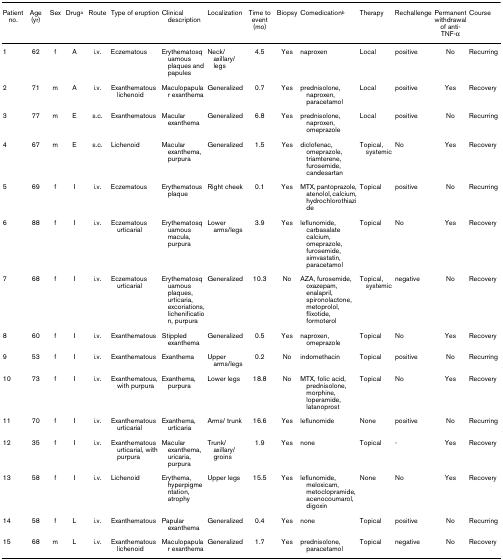
<table><thead><tr><td><b>Patient no.</b></td><td><b>Age (yr)</b></td><td><b>Sex</b></td><td><b>Drug<sup>a</sup></b></td><td><b>Route</b></td><td><b>Type of eruption</b></td><td><b>Clinical description</b></td><td><b>Localization</b></td><td><b>Time to event (mo)</b></td><td><b>Biopsy</b></td><td><b>Comedication<sup>b</sup></b></td><td><b>Therapy</b></td><td><b>Rechallenge</b></td><td><b>Permanent withdrawal of anti-TNF-α</b></td><td><b>Course</b></td></tr></thead><tbody><tr><td>1</td><td>62</td><td>f</td><td>A</td><td>i.v.</td><td>Eczematous</td><td>Erythematosquamous plaques and papules</td><td>Neck/ axillary/ legs</td><td>4.5</td><td>Yes</td><td>naproxen</td><td>Local</td><td>positive</td><td>No</td><td>Recurring</td></tr><tr><td>2</td><td>71</td><td>m</td><td>A</td><td>i.v.</td><td>Exanthematous lichenoid</td><td>Maculopapular exanthema</td><td>Generalized</td><td>0.7</td><td>Yes</td><td>prednisolone, naproxen, paracetamol</td><td>Local</td><td>positive</td><td>Yes</td><td>Recovery</td></tr><tr><td>3</td><td>77</td><td>m</td><td>E</td><td>s.c.</td><td>Exanthematous</td><td>Macular exanthema</td><td>Generalized</td><td>6.8</td><td>Yes</td><td>prednisolone, naproxen, omeprazole</td><td>Local</td><td>positive</td><td>No</td><td>Recurring</td></tr><tr><td>4</td><td>67</td><td>m</td><td>E</td><td>s.c.</td><td>Lichenoid</td><td>Macular exanthema, purpura</td><td>Generalized</td><td>1.5</td><td>Yes</td><td>diclofenac, omeprazole, triamterene, furosemide, candesartan</td><td>Topical, systemic</td><td>No</td><td>Yes</td><td>Recovery</td></tr><tr><td>5</td><td>69</td><td>f</td><td>I</td><td>i.v.</td><td>Eczematous</td><td>Erythematous plaque</td><td>Right cheek</td><td>0.1</td><td>Yes</td><td>MTX, pantoprazole, atenolol, calcium, hydrochlorothiazide</td><td>Topical</td><td>positive</td><td>No</td><td>Recurring</td></tr><tr><td>6</td><td>88</td><td>f</td><td>I</td><td>i.v.</td><td>Eczematous urticarial</td><td>Erythematosquamous macula, purpura</td><td>Lower arms/legs</td><td>3.9</td><td>Yes</td><td>leflunomide, carbasalate calcium, omeprazole, furosemide, simvastatin, paracetamol</td><td>Topical</td><td>No</td><td>Yes</td><td>Recovery</td></tr><tr><td>7</td><td>68</td><td>f</td><td>I</td><td>i.v.</td><td>Eczematous urticarial</td><td>Erythematosquamous plaques, urticaria, excoriations, lichenification, purpura</td><td>Generalized</td><td>10.3</td><td>No</td><td>AZA, furosemide, oxazepam, enalapril, spironolactone, metoprolol, flixotide, formoterol</td><td>Topical, systemic</td><td>negative</td><td>No</td><td>Recovery</td></tr><tr><td>8</td><td>60</td><td>f</td><td>I</td><td>i.v.</td><td>Exanthematous</td><td>Stippled exanthema</td><td>Generalized</td><td>0.5</td><td>Yes</td><td>naproxen, omeprazole</td><td>Topical</td><td>No</td><td>Yes</td><td>Recovery</td></tr><tr><td>9</td><td>53</td><td>f</td><td>I</td><td>i.v.</td><td>Exanthematous</td><td>Exanthema</td><td>Upper arms/legs</td><td>0.2</td><td>No</td><td>indomethacin</td><td>Topical</td><td>positive</td><td>No</td><td>Recurring</td></tr><tr><td>10</td><td>73</td><td>f</td><td>I</td><td>i.v.</td><td>Exanthematous, with purpura</td><td>Exanthema, purpura</td><td>Lower legs</td><td>18.8</td><td>No</td><td>MTX, folic acid, prednisolone, morphine, loperamide, latanoprost</td><td>Topical</td><td>No</td><td>Yes</td><td>Recovery</td></tr><tr><td>11</td><td>70</td><td>f</td><td>I</td><td>i.v.</td><td>Exanthematous urticarial</td><td>Exanthema, urticaria</td><td>Arms/ trunk</td><td>16.6</td><td>Yes</td><td>leflunomide</td><td>None</td><td>positive</td><td>No</td><td>Recurring</td></tr><tr><td>12</td><td>35</td><td>f</td><td>I</td><td>i.v.</td><td>Exanthematous urticarial, with purpura</td><td>Macular exanthema, uricaria, purpura</td><td>Trunk/ axillary/ groins</td><td>1.9</td><td>Yes</td><td>none</td><td>Topical</td><td>-</td><td>Yes</td><td>Recovery</td></tr><tr><td>13</td><td>58</td><td>f</td><td>I</td><td>i.v.</td><td>Lichenoid</td><td>Erythema, hyperpigmentation, atrophy</td><td>Upper legs</td><td>15.5</td><td>Yes</td><td>leflunomide, meloxicam, metoclopramide, acenocoumarol, digoxin</td><td>None</td><td>No</td><td>Yes</td><td>Recovery</td></tr><tr><td>14</td><td>58</td><td>f</td><td>L</td><td>i.v.</td><td>Exanthematous</td><td>Papular exanthema</td><td>Generalized</td><td>0.4</td><td>Yes</td><td>none</td><td>Topical</td><td>positive</td><td>No</td><td>Recurring</td></tr><tr><td>15</td><td>68</td><td>m</td><td>L</td><td>i.v.</td><td>Exanthematous lichenoid</td><td>Maculopapular exanthema</td><td>Generalized</td><td>1.7</td><td>Yes</td><td>prednisolone, paracetamol</td><td>Topical</td><td>negative</td><td>No</td><td>Recovery</td></tr></tbody></table>